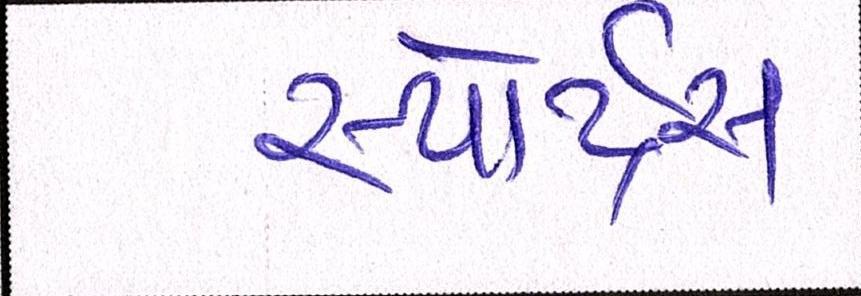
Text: સ્પોર્ટ્સ